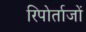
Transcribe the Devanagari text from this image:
रिपोर्ताजों